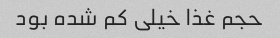
حجم غذا خیلی کم شده بود